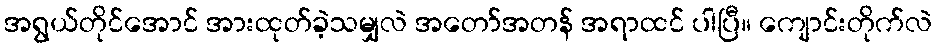
အရွယ်တိုင်အောင် အားထုတ်ခဲ့သမျှလဲ အတော်အတန် အရာထင် ပါပြီ။ ကျောင်းတိုက်လဲ